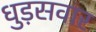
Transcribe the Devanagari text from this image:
धुड़सवार